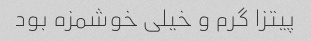
پیتزا گرم و خیلی خوشمزه بود